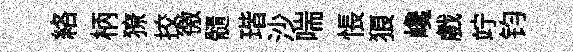
絡柄獠挍徼髓瑎沙喘悵狼巉戲竚钧